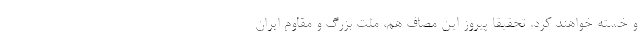
و خسته خواهند کرد. تحقیقا پیروز این مصاف هم، ملت بزرگ و مقاوم ایران